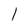
Character: l